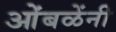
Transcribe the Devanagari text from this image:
ओंबळेंनी